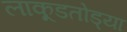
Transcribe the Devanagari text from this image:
लाकूडतोड्या